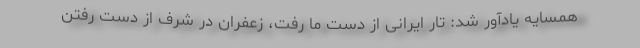
همسایه یادآور شد: تار ایرانی از دست ما رفت، زعفران در شرف از دست رفتن